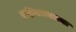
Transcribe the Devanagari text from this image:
नदीनाल्याच्या